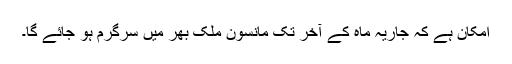
امکان ہے کہ جاریہ ماہ کے آخر تک مانسون ملک بھر میں سرگرم ہو جائے گا۔